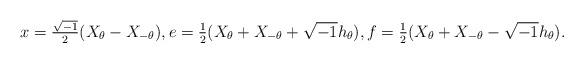
LaTeX: \begin{align*} x=\tfrac{\sqrt{-1}}{2}(X_\theta-X_{-\theta}), e=\tfrac{1}{2}(X_\theta+X_{-\theta}+\sqrt{-1}h_\theta), f=\tfrac{1}{2}(X_\theta+X_{-\theta}-\sqrt{-1}h_\theta).\end{align*}